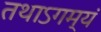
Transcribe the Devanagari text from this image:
तथाऽगम्यं